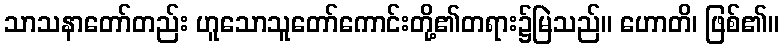
သာသနာတော်တည်း ဟူသောသူတော်ကောင်းတို့၏တရား၌မြဲသည်။ ဟောတိ၊ ဖြစ်၏။